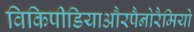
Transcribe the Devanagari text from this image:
विकिपीडियाऔरपैनोरैमियो